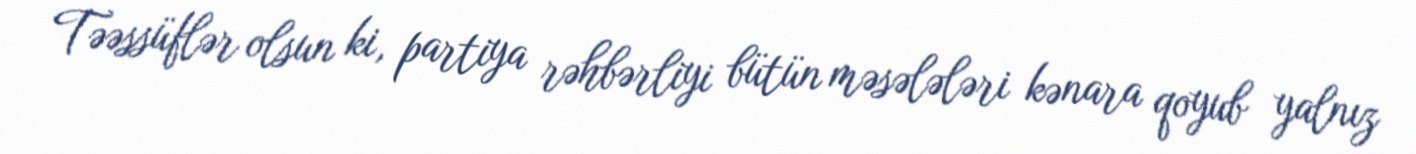
Təəssüflər olsun ki, partiya rəhbərliyi bütün məsələləri kənara qoyub yalnız